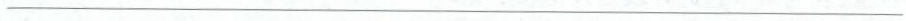
———